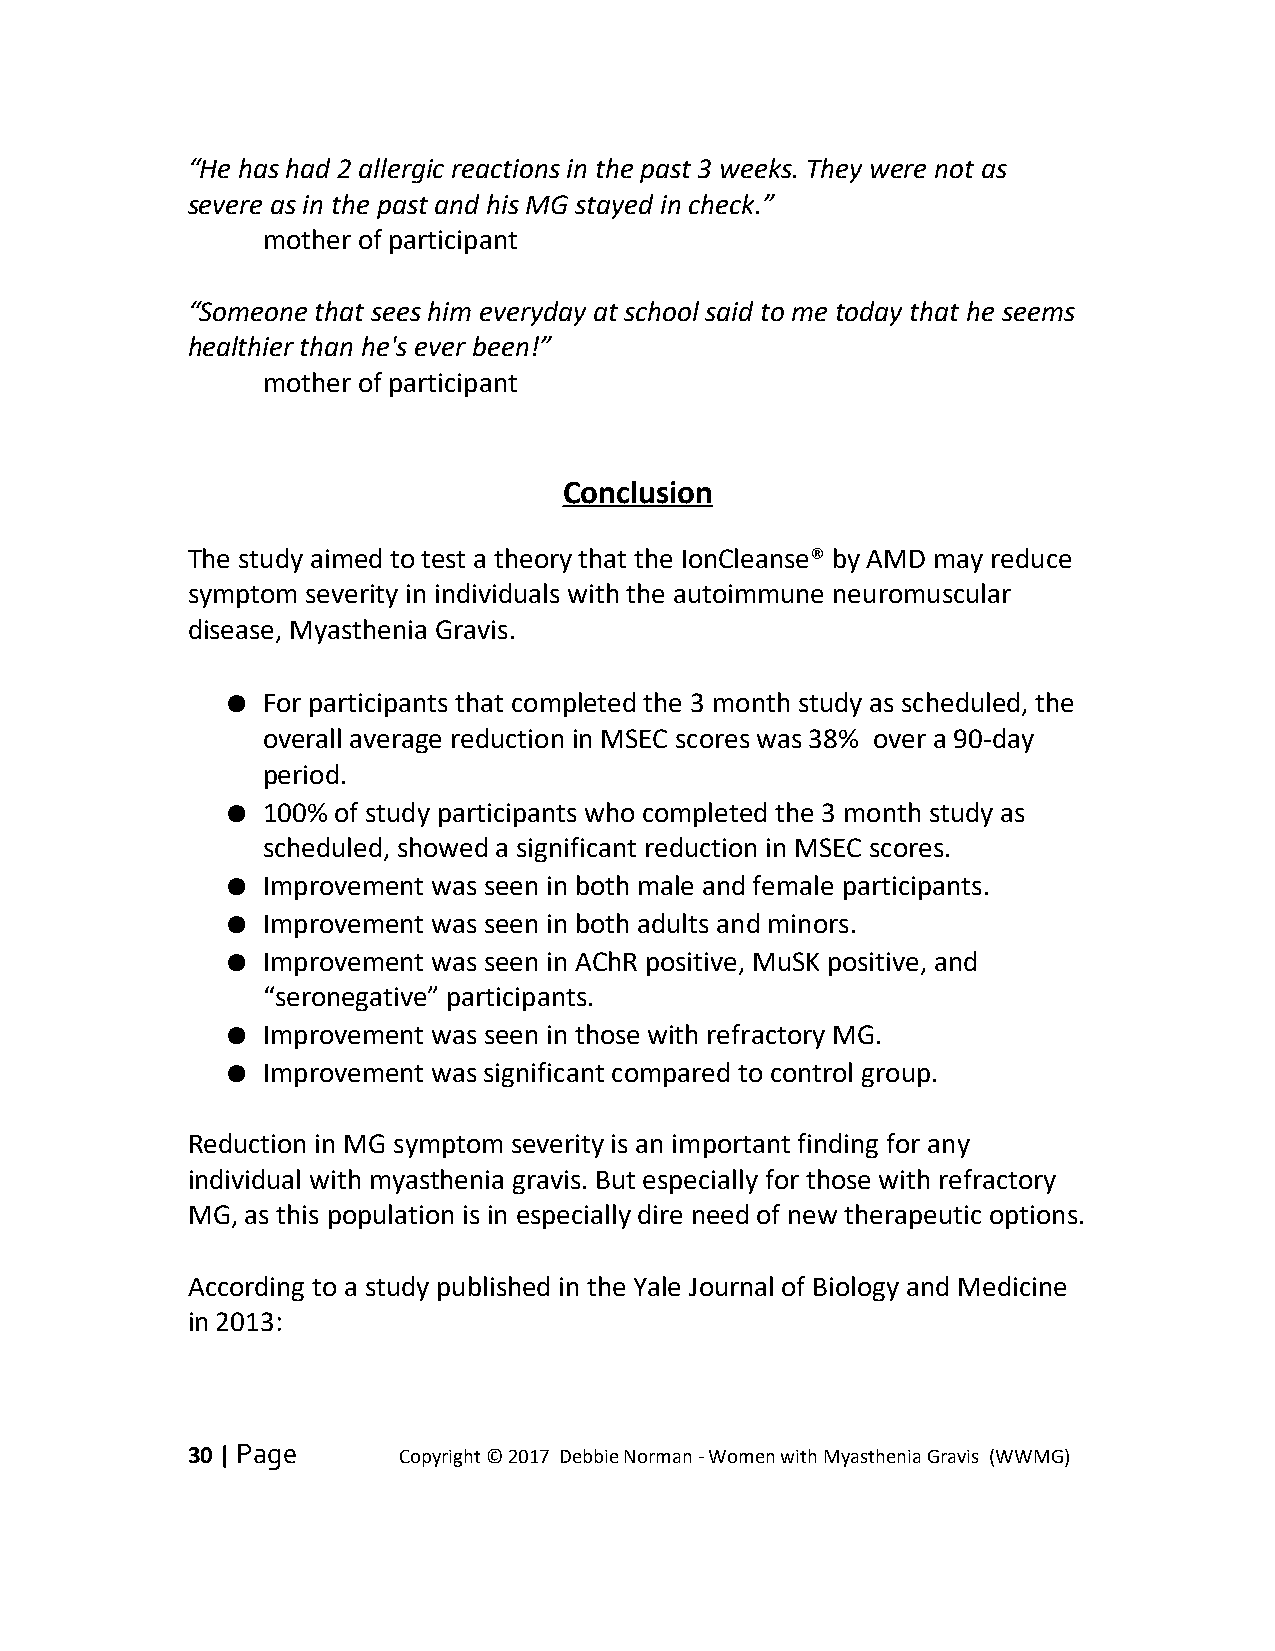
“He has had 2 allergic reactions in the past 3 weeks. They were not as
 severe as in the past and his MG stayed in check.”
 mother of participant
 “Someone that sees him everyday at school said to me today that he seems
 healthier than he's ever been!”
 mother of participant
 Conclusion
 The study aimed to test a theory that the IonCleanse® by AMD may reduce
 symptom severity in individuals with the autoimmune neuromuscular
 disease, Myasthenia Gravis.
 ● For participants that completed the 3 month study as scheduled, the
 overall average reduction in MSEC scores was 38% over a 90-day
 period.
 ● 100% of study participants who completed the 3 month study as
 scheduled, showed a significant reduction in MSEC scores.
 ● Improvement was seen in both male and female participants.
 ● Improvement was seen in both adults and minors.
 ● Improvement was seen in AChR positive, MuSK positive, and
 “seronegative” participants.
 ● Improvement was seen in those with refractory MG.
 ● Improvement was significant compared to control group.
 Reduction in MG symptom severity is an important finding for any
 individual with myasthenia gravis. But especially for those with refractory
 MG, as this population is in especially dire need of new therapeutic options.
 According to a study published in the Yale Journal of Biology and Medicine
 in 2013:
 30 | Page     Copyright © 2017 Debbie Norman - Women with Myasthenia Gravis (WWMG)